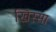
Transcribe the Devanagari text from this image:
खिस्‍सा